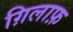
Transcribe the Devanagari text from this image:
ग़िलाफ़